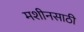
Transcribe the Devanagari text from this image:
मशीनसाठी